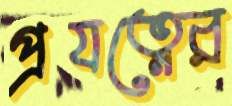
প্রযত্নের